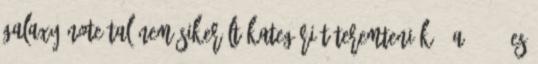
Galaxy Note-tal nem sikerült kategóriát teremteniük." A 4 64 es